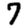
Digit: 7